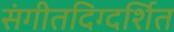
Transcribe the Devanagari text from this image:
संगीतदिग्दर्शित